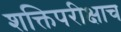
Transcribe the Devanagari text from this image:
शक्तिपरीक्षाच